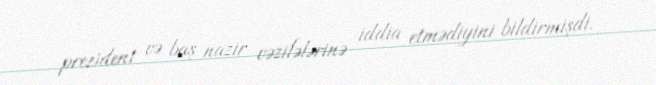
prezident və baş nazir vəzifələrinə iddia etmədiyini bildirmişdi.